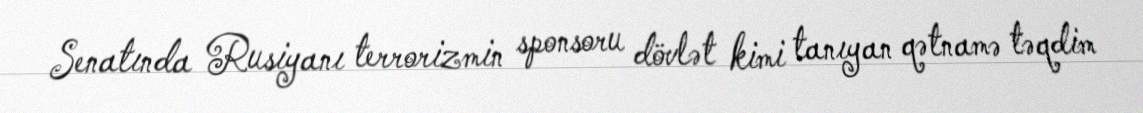
Senatında Rusiyanı terrorizmin sponsoru dövlət kimi tanıyan qətnamə təqdim